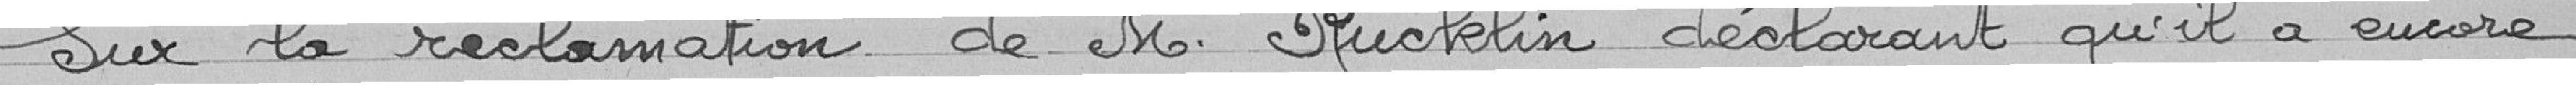
Sur la réclamation de Monsieur RUCKLIN déclarant qu'il a encore